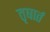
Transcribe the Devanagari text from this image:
तृषार्त